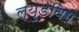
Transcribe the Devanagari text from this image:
ल्युडविग